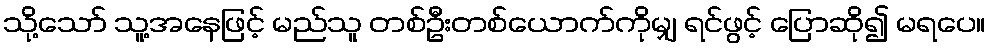
သို့သော် သူ့အနေဖြင့် မည်သူ တစ်ဦးတစ်ယောက်ကိုမျှ ရင်ဖွင့် ပြောဆို၍ မရပေ။